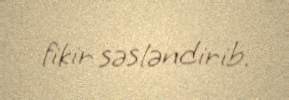
fikir səsləndirib.